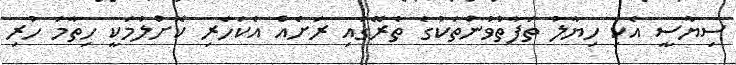
ސިޔާސީ އެކި ހިޔާލު ތަފާތުވުންތަކުގެ ތެރޭގައި ރަށެއް އެކަހެރި ކޮށްލުމަކީ ހިތާމަ ހުރި